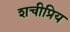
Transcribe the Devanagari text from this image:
शचीप्रिय